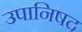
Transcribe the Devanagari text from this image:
उपानिषद